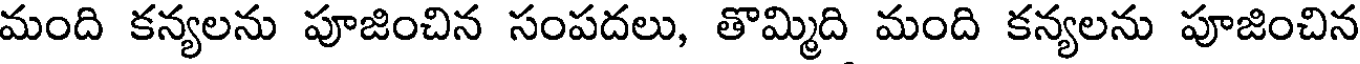
మంది కన్యలను పూజించిన సంపదలు, తొమ్మది మంది కన్యలను పూజించిన